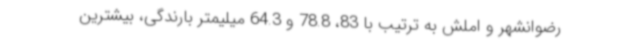
رضوانشهر و املش به ترتیب با 83، 78.8 و 64.3 میلیمتر بارندگی، بیشترین